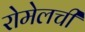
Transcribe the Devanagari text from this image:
रोमेलची